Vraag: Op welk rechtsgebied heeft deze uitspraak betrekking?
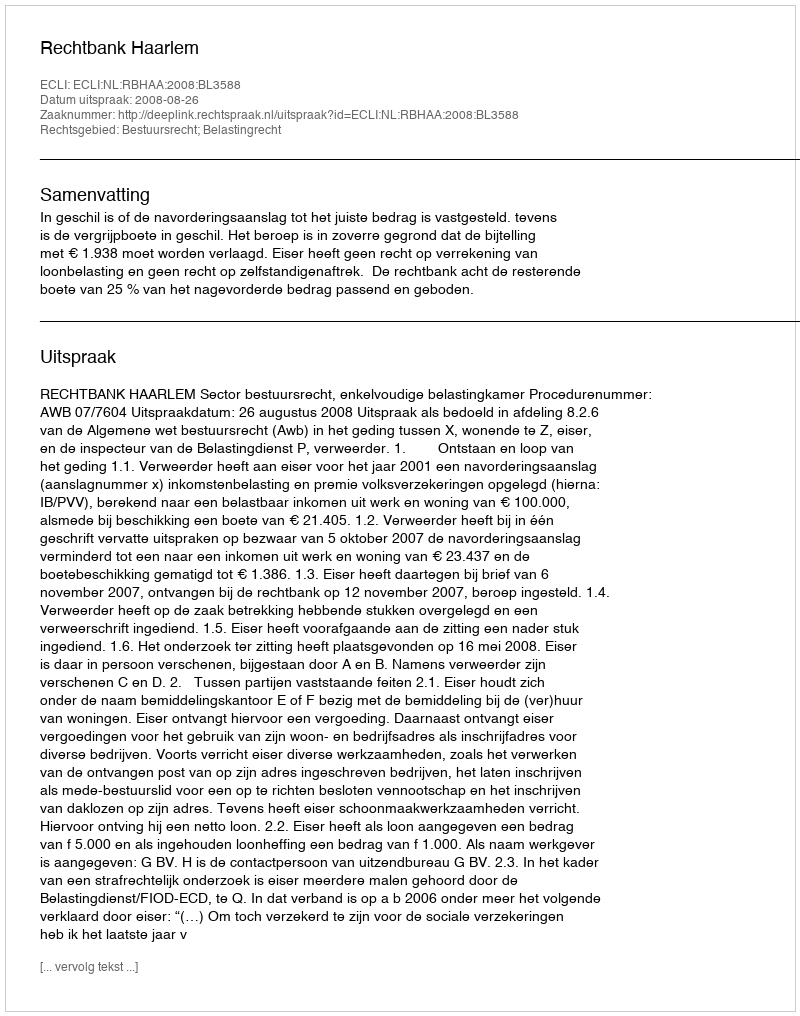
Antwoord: Bestuursrecht; Belastingrecht